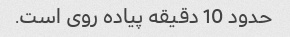
حدود 10 دقیقه پیاده روی است.